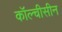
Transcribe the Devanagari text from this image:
कॉल्चीसीन